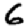
Digit: 6